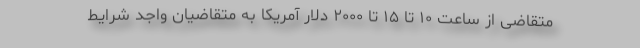
متقاضی از ساعت ۱۰ تا ۱۵ تا ۲۰۰۰ دلار آمریکا به متقاضیان واجد شرایط